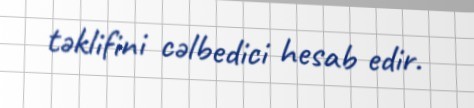
təklifini cəlbedici hesab edir.